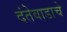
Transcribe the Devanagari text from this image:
दंतेवाडाचे